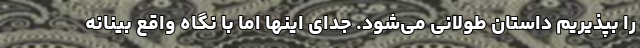
را بپذیریم داستان طولانی می‌شود. جدای اینها اما با نگاه واقع بینانه